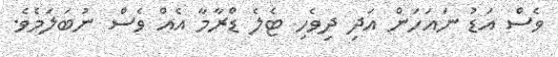
ވެސް އަޑު ނައަހަން އަދި ދިވެހި ޓެލެ ޑްރާމާ އެއް ވެސް ނުބަލަމެވެ.